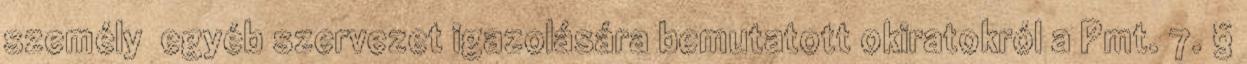
személy egyéb szervezet igazolására bemutatott okiratokról a Pmt. 7. §